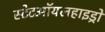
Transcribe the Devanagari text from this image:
स्टेटऑयलहाइड्रो